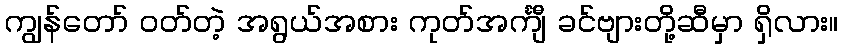
ကျွန်တော် ဝတ်တဲ့ အရွယ်အစား ကုတ်အင်္ကျီ ခင်ဗျားတို့ဆီမှာ ရှိလား။